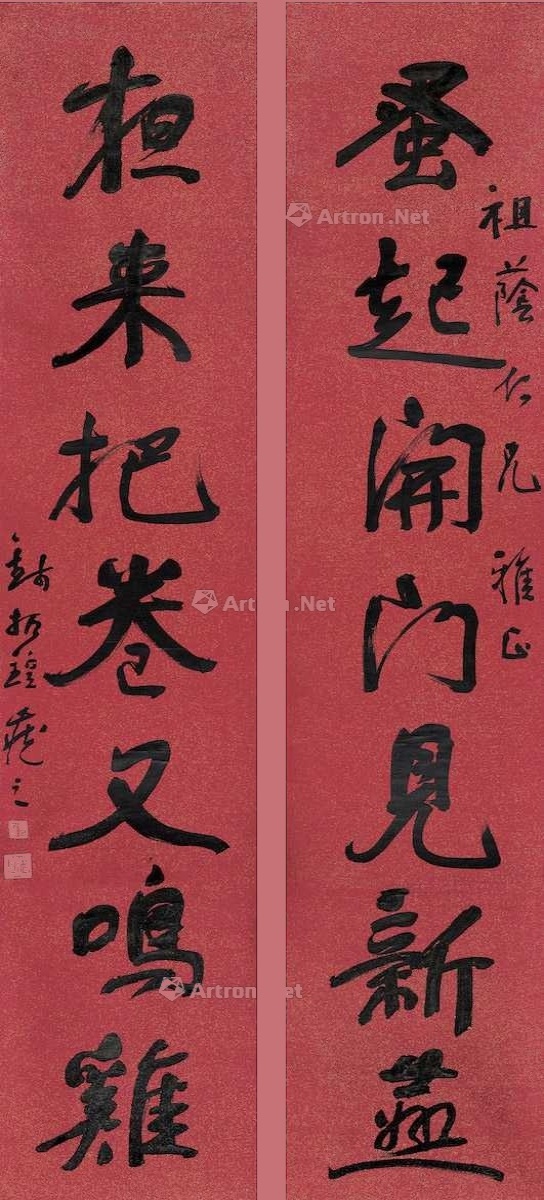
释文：蚤起开门见新燕，夜来把卷又鸣鸡。祖荫仁兄雅正，钱振锽藏之。